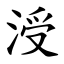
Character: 涭